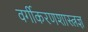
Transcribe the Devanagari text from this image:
वर्गीकरणशास्त्रज्ञ